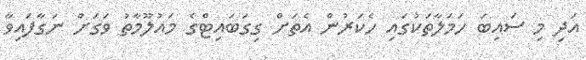
އަދި މި ސައިބަ ހަމަލާތަކުގައި ހެކަރުން އެތަށް ގިގަބައިޓްގެ މައުލޫމާތު ވަގަށް ނަގާފައިވާ